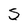
Character: s